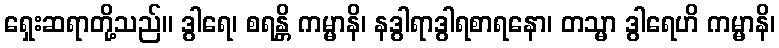
ရှေးဆရာတို့သည်။ ဒွါရေ၊ စရန္တိ ကမ္မာနိ၊ နဒွါရာဒွါရစာရနော၊ တသ္မာ ဒွါရေဟိ ကမ္မာနိ၊